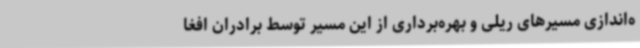
ه‌اندازی مسیرهای ریلی و بهره‌برداری از این مسیر توسط برادران افغا